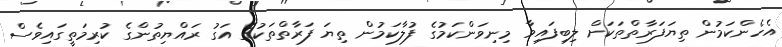
އެހެންކަމުން ތިޔަފަރާތްތަކަށް ލިބިފައިވާ މިނިވަންކަމުގެ ފުލާކަމުން ތިޔަ ފަރާތްތަކުގެ އަގު ރައްޔިތުންގެ ކުރިމަތީގައިވެސް